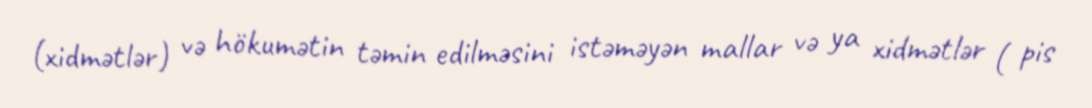
(xidmətlər) və hökumətin təmin edilməsini istəməyən mallar və ya xidmətlər ( pis